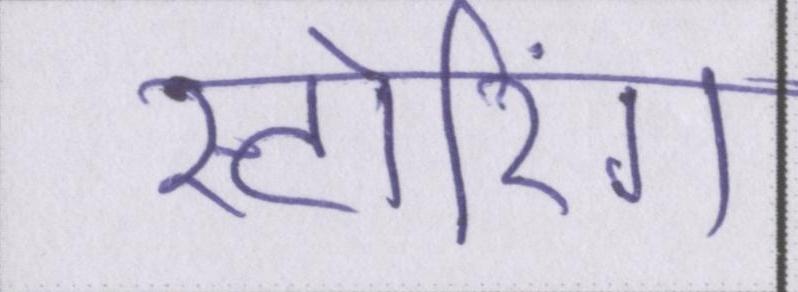
स्टोरिंग